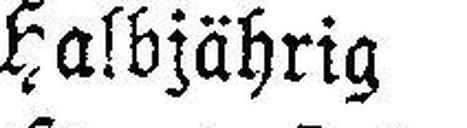
Halbjährig